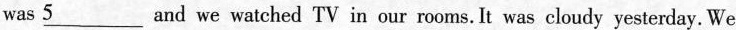
was \underline{5} and we watched TV in our rooms. It was cloudy yesterday. We